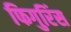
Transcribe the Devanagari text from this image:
फिगुरिंस